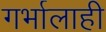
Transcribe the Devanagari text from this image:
गर्भालाही